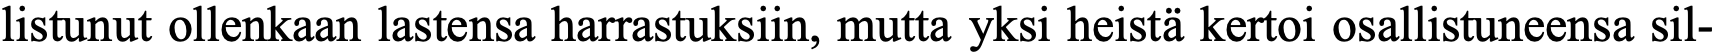
listunut ollenkaan lastensa harrastuksiin, mutta yksi heistä kertoi osallistuneensa sil-